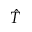
\hat { T }